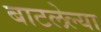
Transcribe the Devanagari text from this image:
बाटलेल्या